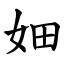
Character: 㚼